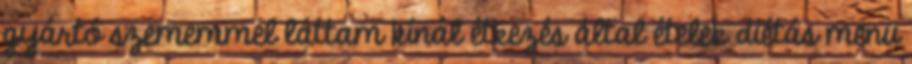
gyártó szememmel láttam kínál étkezés által ételek diétás menü